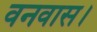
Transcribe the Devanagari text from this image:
वनवास।